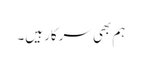
ہم بھی سرکار ہیں۔